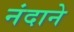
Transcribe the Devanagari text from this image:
नंदाने